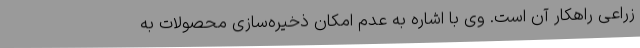
زراعی راهکار آن است. وی با اشاره به عدم امکان ذخیره‌سازی محصولات به